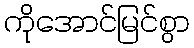
ကိုအောင်မြင်စွာ